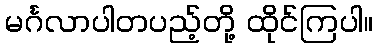
မင်္ဂလာပါတပည့်တို့ ထိုင်ကြပါ။